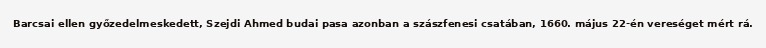
Barcsai ellen győzedelmeskedett, Szejdi Ahmed budai pasa azonban a szászfenesi csatában, 1660. május 22-én vereséget mért rá.